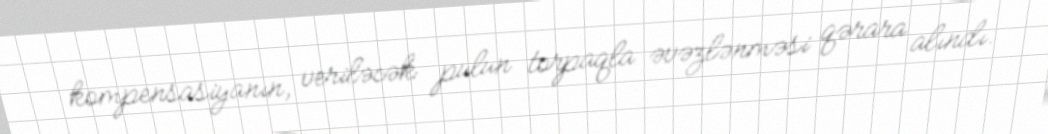
kompensasiyanın, veriləcək pulun torpaqla əvəzlənməsi qərara alındı.